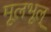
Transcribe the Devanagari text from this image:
मूलभूल्